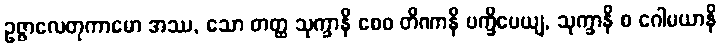
ဥဇ္ဇာလေတုကာမော အဿ, သော တတ္ထ သုက္ခာနိ စေဝ တိဏာနိ ပက္ခိပေယျ, သုက္ခာနိ စ ဂေါမယာနိ